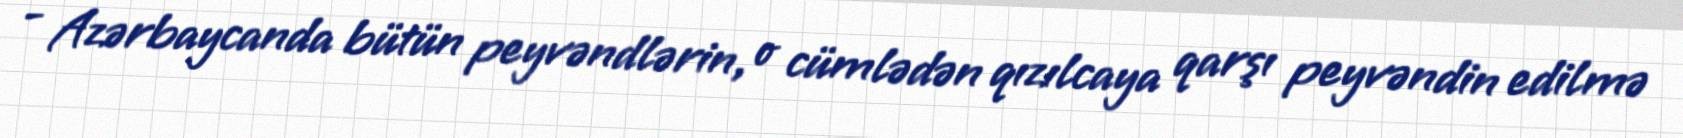
- Azərbaycanda bütün peyvəndlərin, o cümlədən qızılcaya qarşı peyvəndin edilmə